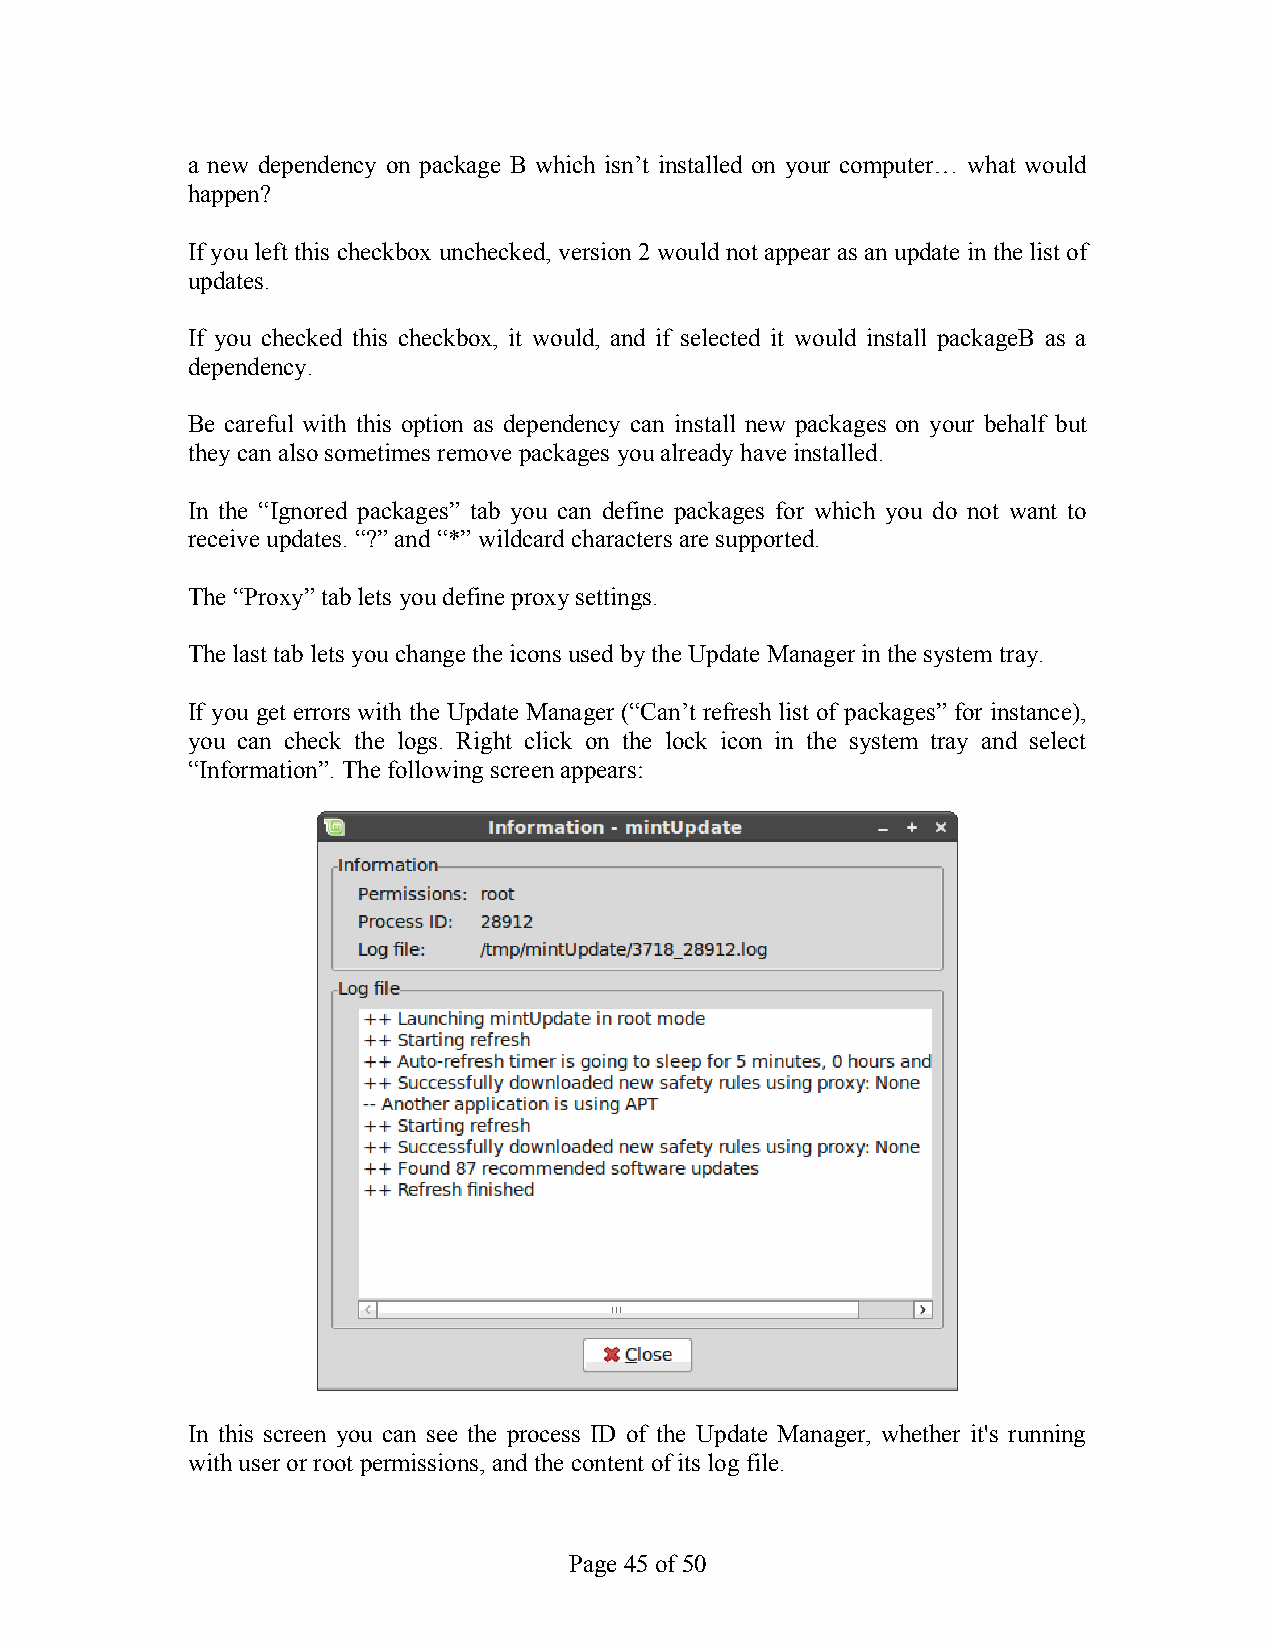
a new dependency on package B which isn’t installed on your computer… what would
 happen?
 If you left this checkbox unchecked, version 2 would not appear as an update in the list of
 updates.
 If you checked this checkbox, it would, and if selected it would install packageB as a
 dependency.
 Be careful with this option as dependency can install new packages on your behalf but
 they can also sometimes remove packages you already have installed.
 In the “Ignored packages” tab you can define packages for which you do not want to
 receive updates. “?” and “*” wildcard characters are supported.
 The “Proxy” tab lets you define proxy settings.
 The last tab lets you change the icons used by the Update Manager in the system tray.
 If you get errors with the Update Manager (“Can’t refresh list of packages” for instance),
 you can check the logs. Right click on the lock icon in the system tray and select
 “Information”. The following screen appears:
 In this screen you can see the process ID of the Update Manager, whether it's running
 with user or root permissions, and the content of its log file.
 Page 45 of 50